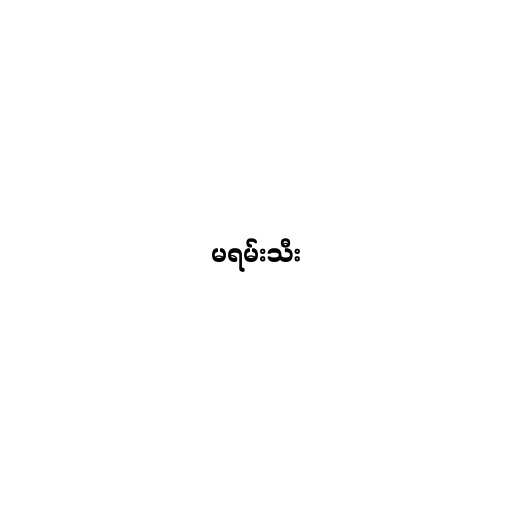
မရမ်းသီး